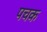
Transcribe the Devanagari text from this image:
पचक